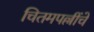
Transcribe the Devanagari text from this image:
चितमपल्लींचे